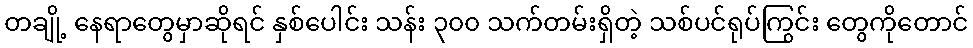
တချို့ နေရာတွေမှာဆိုရင် နှစ်ပေါင်း သန်း ၃၀၀ သက်တမ်းရှိတဲ့ သစ်ပင်ရုပ်ကြွင်း တွေကိုတောင်